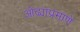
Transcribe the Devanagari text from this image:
ओढ्याप्रमाणे